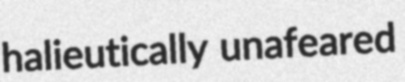
halieutically unafeared